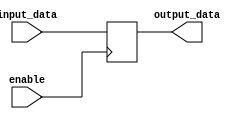
module push_pull_buffer (
    input input_data,       // Input data signal
    input enable,           // Enable signal
    output reg output_data  // Output data signal
);

   always @ (posedge enable)
   begin
      if (enable)
      begin
         output_data <= input_data;
      end
      else
      begin
         output_data <= 1'bz;
      end
   end

endmodule